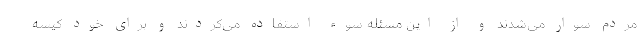
مردم سوار می‌شدند و از این مسئله سوء استفاده می‌کردند و برای خود کیسه